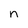
Character: n